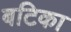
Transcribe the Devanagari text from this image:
बटिका